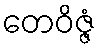
တေဝိဇ္ဇံ